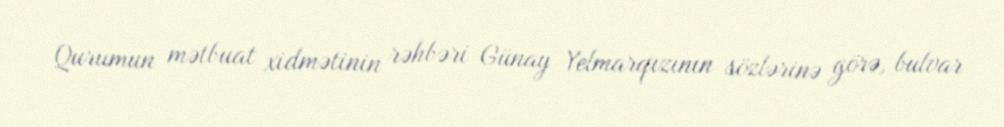
Qurumun mətbuat xidmətinin rəhbəri Günay Yelmarqızının sözlərinə görə, bulvar